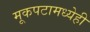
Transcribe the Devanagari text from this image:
मूकपटामध्येही